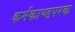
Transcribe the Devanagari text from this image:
कर्मकाण्डपरक